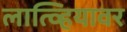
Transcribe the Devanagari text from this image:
लात्व्हियावर